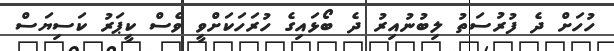
ހުހަށް ދެ ފުރުސަތު ލިބުނުއިރު ދެ ބޯޅައިގެ ހުރަހަކަށްވީ ވެސް ކީޕަރު ކަސިޔަސް